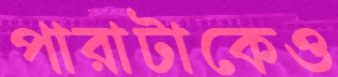
পারাটাকেও